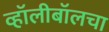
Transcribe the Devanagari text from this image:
व्हॉलीबॉलचा